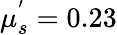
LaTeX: \mu_{s}^{'}=0.23